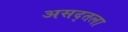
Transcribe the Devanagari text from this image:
असद्तला